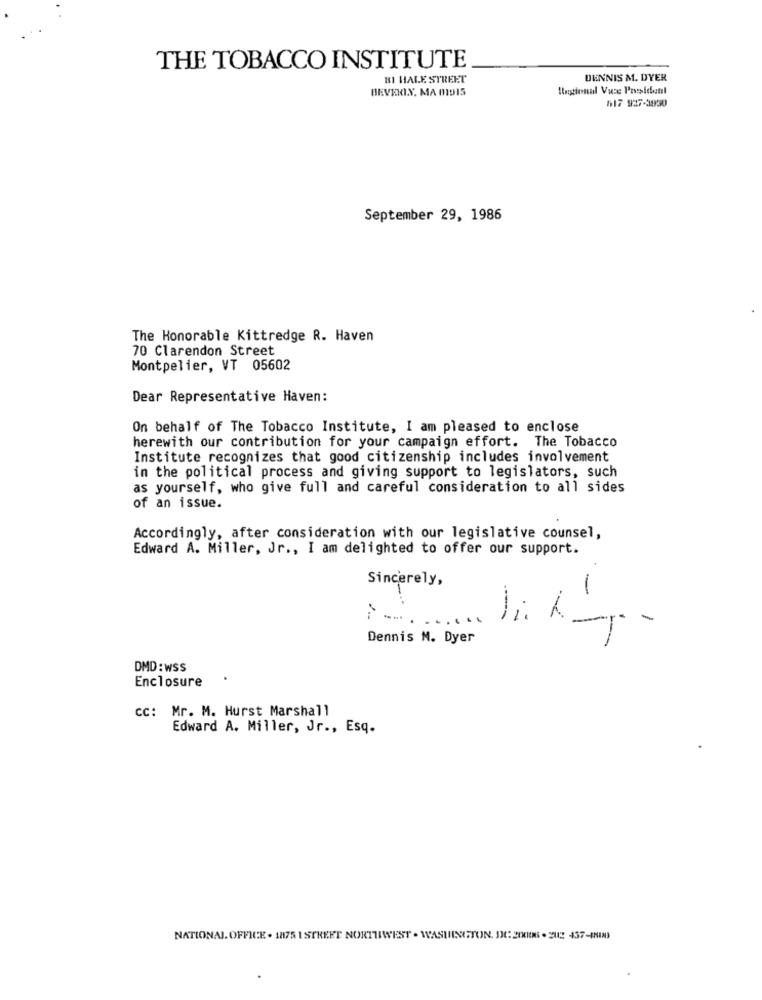
THE TOBACCO INSTITUTE
BI HALE STREET
DENNIS M. DYER
BEVERLY, MA 01015
Regional Vice President
417 927-3930
September 29, 1986
The Honorable Kittredge R. Haven
70 Clarendon Street
Montpelier, VT 05602
Dear Representative Haven:
On behalf of The Tobacco Institute, I am pleased to enclose
herewith our contribution for your campaign effort. The Tobacco
Institute recognizes that good citizenship includes involvement
in the political process and giving support to legislators, such
as yourself, who give full and careful consideration to all sides
of an issue.
Accordingly, after consideration with our legislative counsel,
Edward A. Miller, Jr ., I am delighted to offer our support.
Sincerely,
-
Ji. K.
Dennis M. Dyer
DMD:wSS
Enclosure
cc: Mr. M. Hurst Marshall
Edward A. Miller, Jr ., Esq.
NATIONAL. OFFICE . 1875 1 STREET NORTHWEST . WASHINGTON, DC: 20006 . 212 457-8IN)